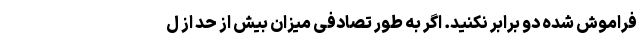
فراموش شده دو برابر نکنید. اگر به طور تصادفی میزان بیش از حد از ل